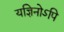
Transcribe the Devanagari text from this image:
यज्ञिनोऽपि